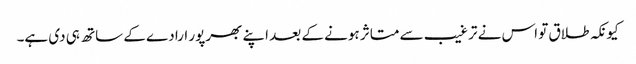
کیونکہ طلاق تو اس نے ترغیب سے متاثر ہونے کے بعد اپنے بھرپور ارادے کے ساتھ ہی دی ہے۔